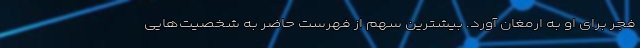
فجر برای او به ارمغان آورد. بیشترین سهم از فهرست حاضر به شخصیت‌هایی